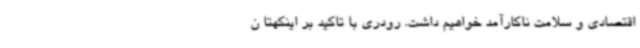
اقتصادی و سلامت ناکارآمد خواهیم داشت. رودری با تاکید بر اینکهتا ن